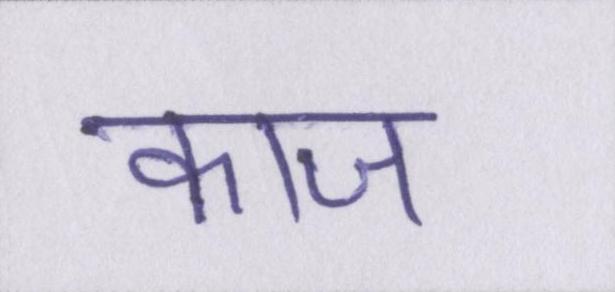
काज